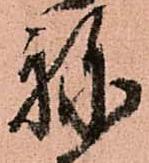
ね